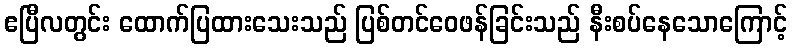
ဧပြီလတွင်း ထောက်ပြထားသေးသည် ပြစ်တင်ဝေဖန်ခြင်းသည် နီးစပ်နေသောကြောင့်